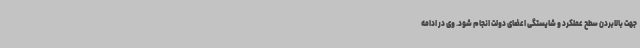
جهت بالابردن سطح عملکرد و شایستگی اعضای دولت انجام شود. وی در ادامه